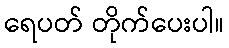
ရေပတ် တိုက်ပေးပါ။